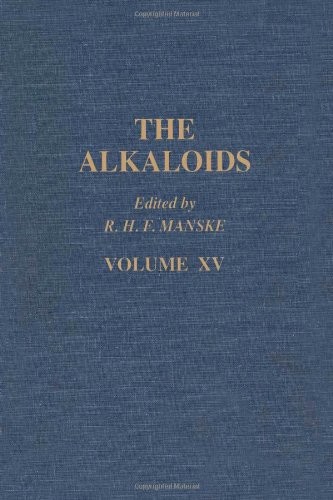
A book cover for The Alkaloids: Chemistry and Physiology  V15, Volume 15; Science & Math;